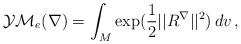
LaTeX: \begin{align*}\mathcal{YM}_e(\nabla )=\int_M \exp (\frac 12||R ^\nabla ||^2)\, dv\, , \end{align*}